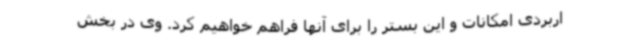
اربردی امکانات و این بستر را برای آنها فراهم خواهیم کرد. وی در بخش